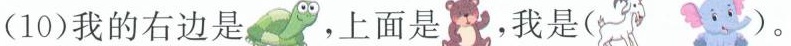
(1)我的右边是 。上面是 我是()。